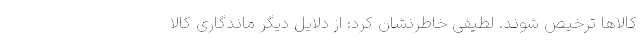
کالاها ترخیص شوند. لطیفی خاطرنشان کرد: از دلایل دیگر ماندگاری کالا